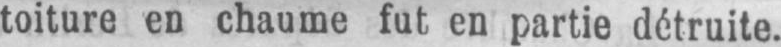
toiture en chaume fut en partie détruite.